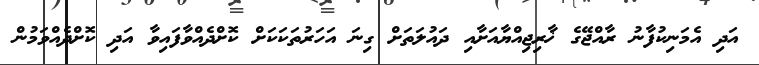
އަދި އެމަނިކުފާނު ރާއްޖޭގެ ޚާރިޖިއްޔާއަށާއި ދައުލަތަށް ގިނަ އަހަރުތަކަކަށް ކޮށްދެއްވާފައިވާ އަދި ކޮށްދެއްވަމުން